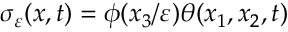
\sigma _ { \varepsilon } ( x , t ) = \phi ( x _ { 3 } / \varepsilon ) \theta ( x _ { 1 } , x _ { 2 } , t )